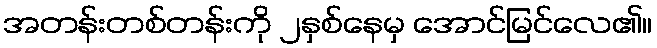
အတန်းတစ်တန်းကို ၂နှစ်နေမှ အောင်မြင်လေ၏။